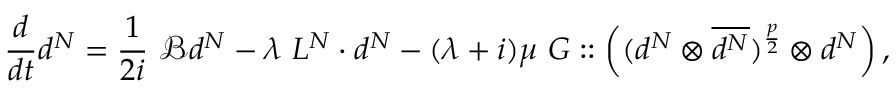
\frac { d } { d t } d ^ { N } = \frac { 1 } { 2 i } \ \mathcal { B } d ^ { N } - \lambda \ L ^ { N } \cdot d ^ { N } - ( \lambda + i ) \mu \ G : : \left( ( d ^ { N } \otimes \overline { { d ^ { N } } } ) ^ { \frac { p } { 2 } } \otimes d ^ { N } \right) ,